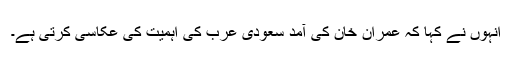
انہوں نے کہا کہ عمران خان کی آمد سعودی عرب کی اہمیت کی عکاسی کرتی ہے۔